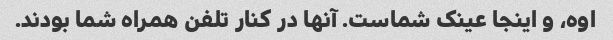
اوه، و اینجا عینک شماست. آنها در کنار تلفن همراه شما بودند.